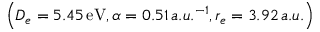
\left( D _ { e } = 5 . 4 5 \, \mathrm { e V } , \alpha = 0 . 5 1 \, a . u . ^ { - 1 } , r _ { e } = 3 . 9 2 \, a . u . \right)